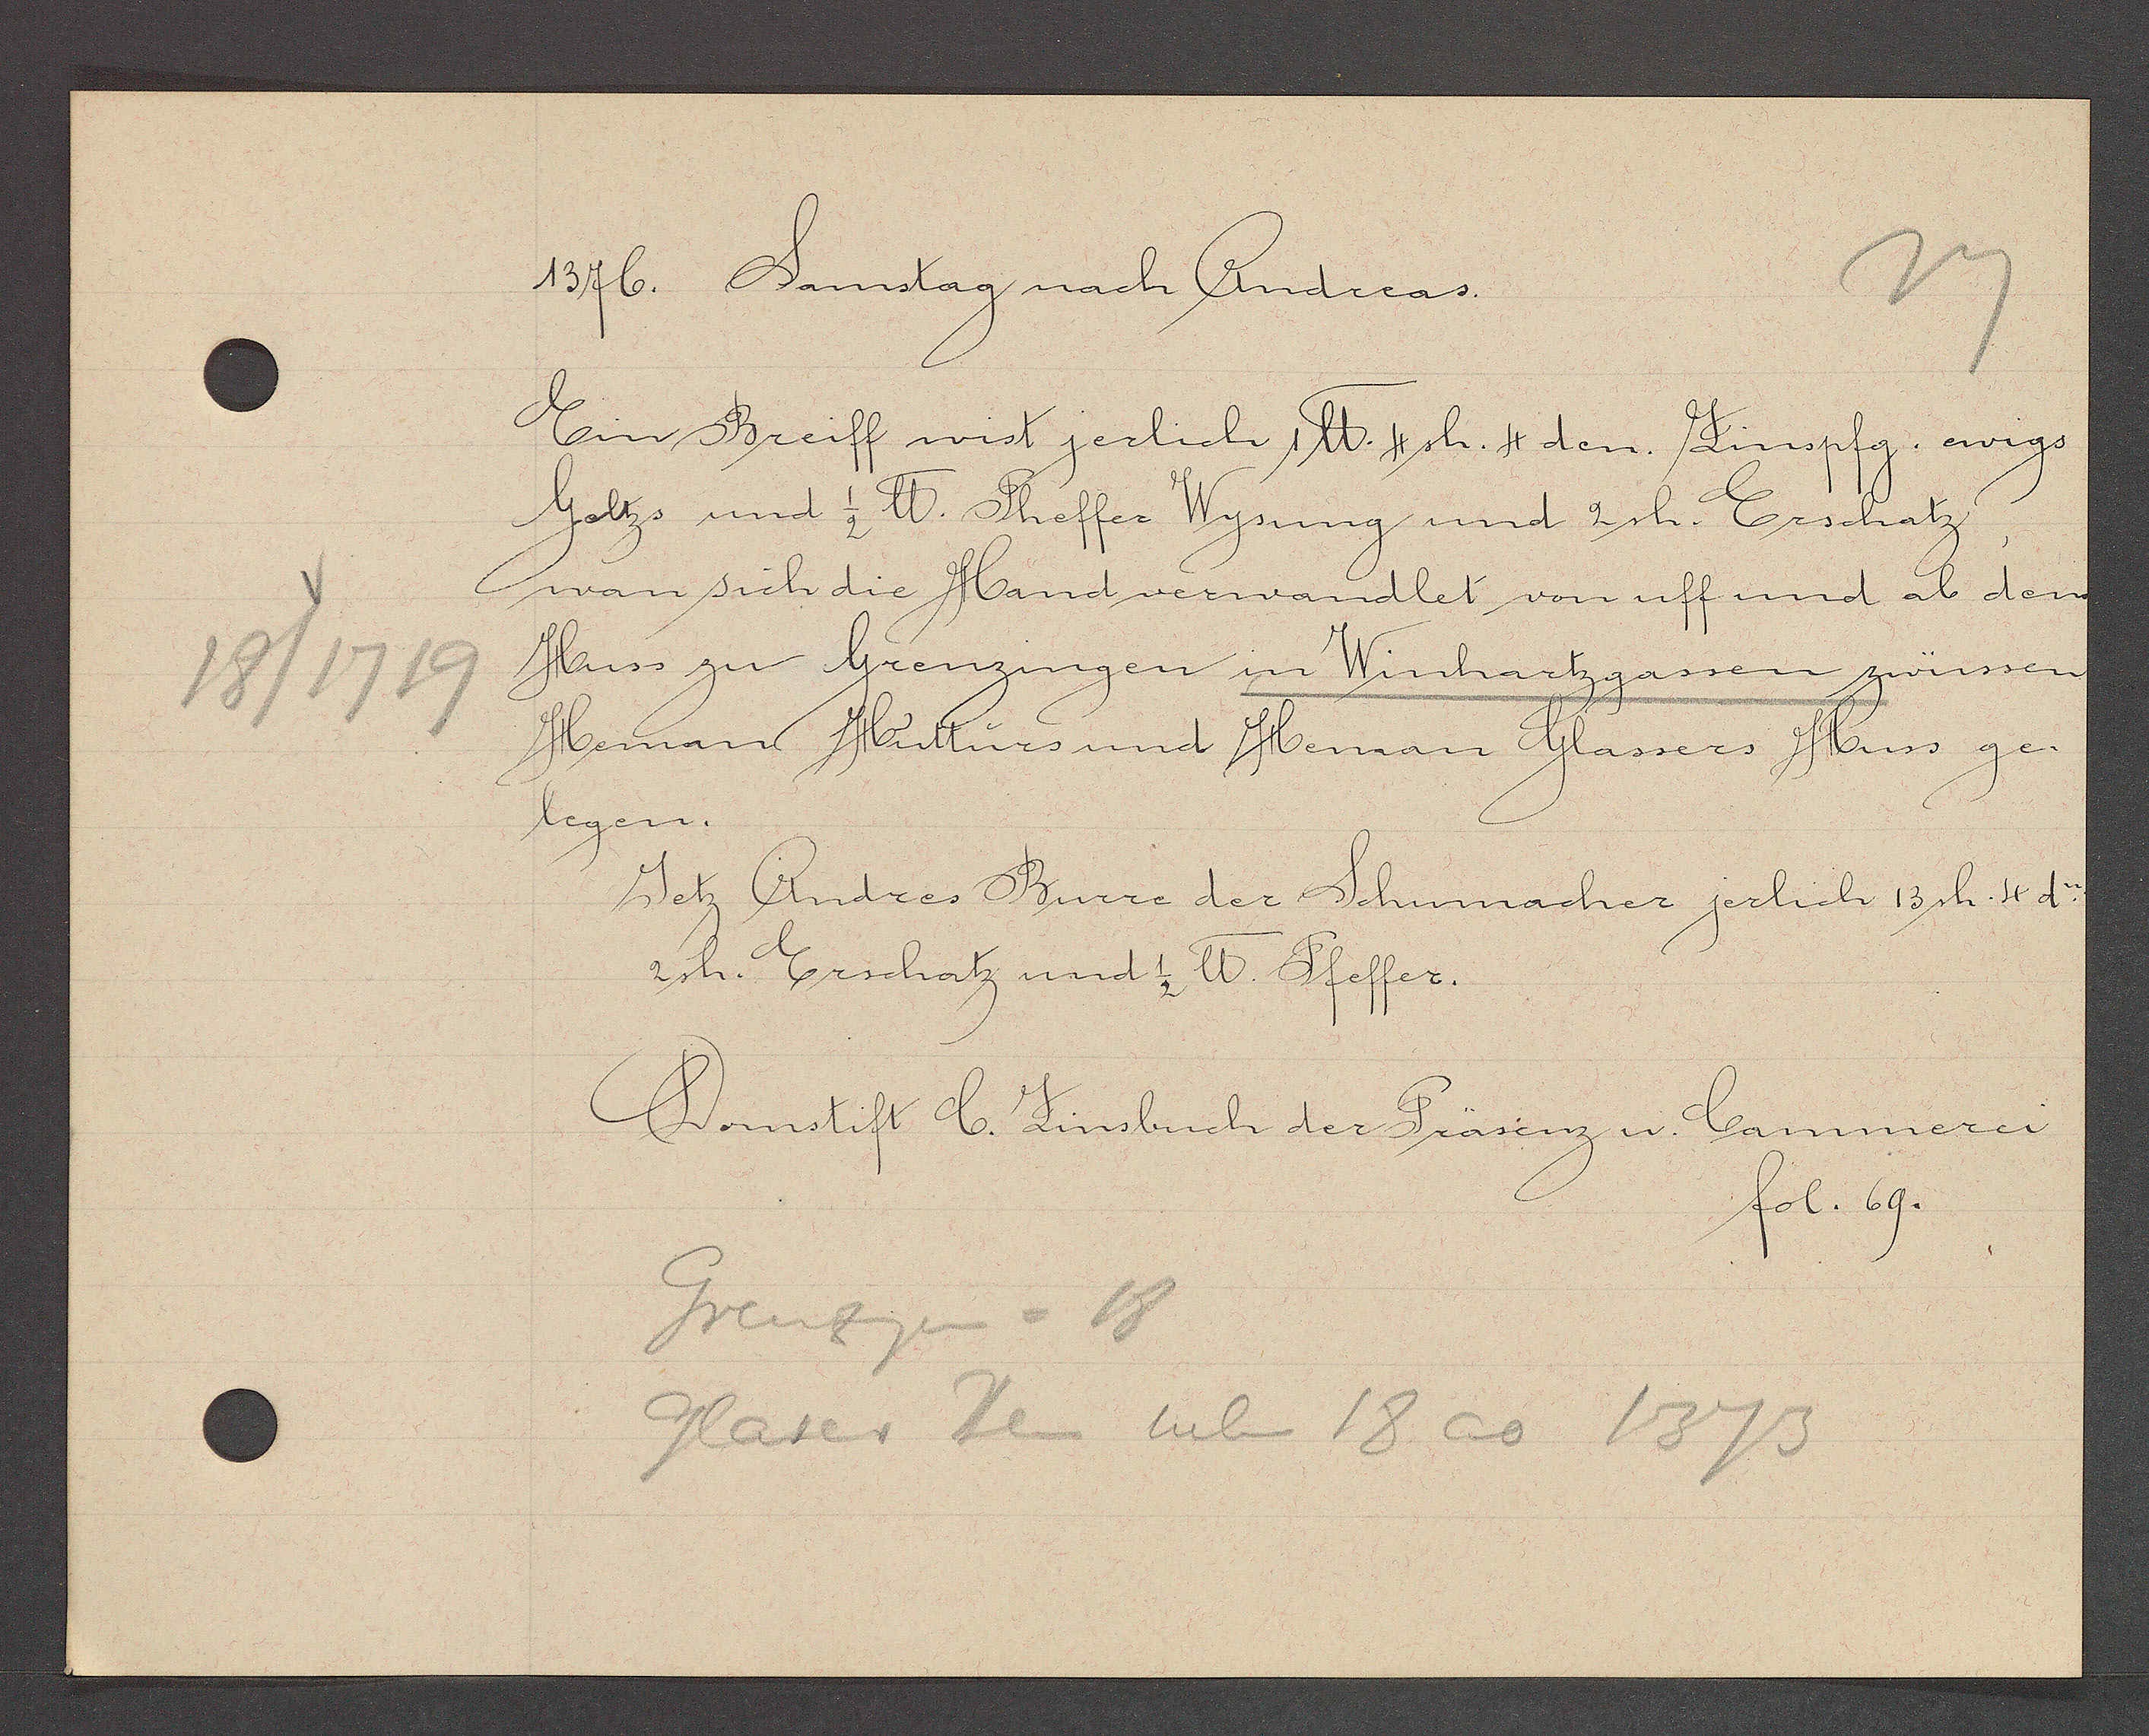
Transcript:
18/1719

1576. Samstag nach Andreas.

Ein Breiff wist jerlich 1 ℔. 4 sh. 4 den Zinspfg. ewigs
Geltzs und 1/2 ℔. Theffer Wysung und 2 sh. Erschatz
wan sich die Hand verwandlet von uff und ab dem
Huss zu Grenzingen in Winhartzgassen zwüssen
Heman Huttürs und Heman Glassers Huss ge¬
legen.
Jetz Andres Burre der Schuhmacher jerlich 13sh. 4d.
2sh. Erschatz und 1/2 ℔ Pfeffer.

Grenzgen = 18
Glaser Hen neben 18 ao 1373

Domstift C. Zinsbuch der Präsenz u. Cammerei
fol. 69.